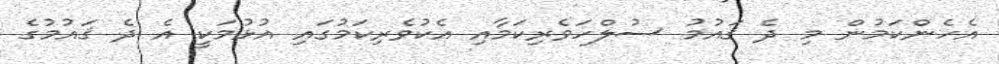
އެހެންކަމުން މި ދެ ޤައުމު ސުލްހަވެރިކަމާއި އެކުވެރިކަމުގައި އުޅުމަކީ އެ ދެ ޤައުމުގެ